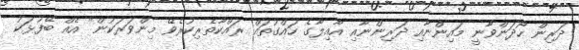
ދަރިން ހޯދަންވާނީ މައިންނާއި ދަރިންނާއި އާއިލާގެ ހައްގުތައް ރައްކާތެރިކުރެވޭ މިންވަރަކުން" އެއް ބޭފުޅަކު